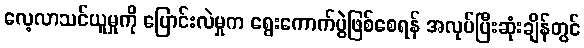
လေ့လာသင်ယူမှုကို ပြောင်းလဲမှုက ရွေးကောက်ပွဲဖြစ်စေရန် အလုပ်ပြီးဆုံးချိန်တွင်